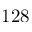
1 2 8